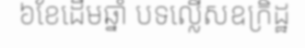
៦ខែដើមឆ្នាំ បទល្លើសឧក្រិដ្ឋ